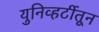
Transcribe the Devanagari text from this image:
युनिव्हर्टीतून